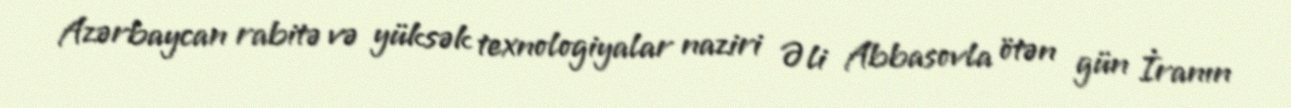
Azərbaycan rabitə və yüksək texnologiyalar naziri Əli Abbasovla ötən gün İranın